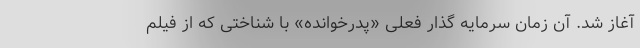
آغاز شد. آن زمان سرمایه گذار فعلی «پدرخوانده» با شناختی که از فیلم